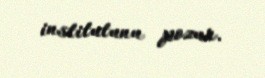
institutunu pozur.